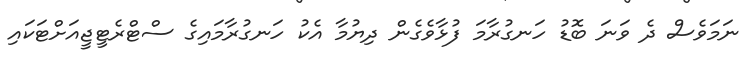
ނަމަވެސް ދެ ވަނަ ބޮޑު ހަނގުރާމަ ފުޅާވެގެން ދިޔުމާ އެކު ހަނގުރާމައިގެ ސްޓްރެޓީޖީއަށްޓަކައި